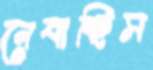
নেবাচ্ছিস